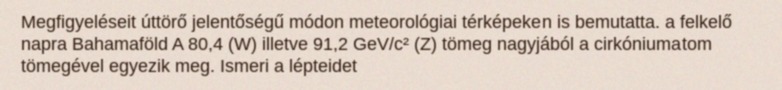
Megfigyeléseit úttörő jelentőségű módon meteorológiai térképeken is bemutatta. a felkelő napra Bahamaföld A 80,4 (W) illetve 91,2 GeV/c² (Z) tömeg nagyjából a cirkóniumatom tömegével egyezik meg. Ismeri a lépteidet